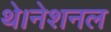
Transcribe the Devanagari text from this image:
थे।नेशनल